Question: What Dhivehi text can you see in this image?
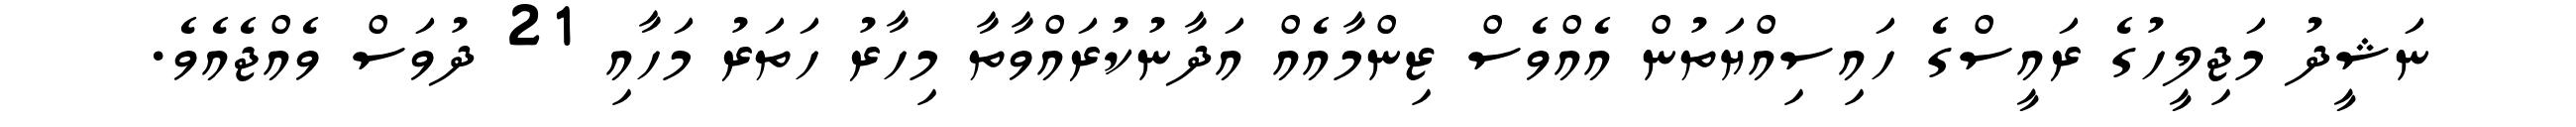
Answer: ނަޝީދު މަޖިލީހުގެ ރައީސްގެ ހައިސިއްޔަތުން އެއްވެސް ޒިންމާއެއް އަދާނުކުރައްވާތާ މިހާރު ހަތަރު މަހާއި 21 ދުވަސް ވެއްޖެއެވެ.